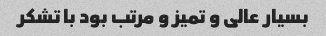
بسیار عالی و تمیز و مرتب بود با تشکر